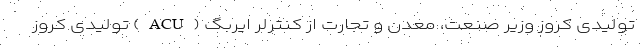
تولیدی کروز وزیر صنعت، معدن و تجارت از کنترلر ایربگ (ACU) تولیدی کروز